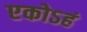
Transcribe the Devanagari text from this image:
एकोऽहं